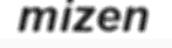
mizen